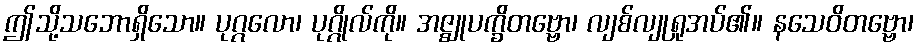
ဤသို့သဘောရှိသော။ ပုဂ္ဂလော၊ ပုဂ္ဂိုလ်ကို။ အဇ္ဈုပက္ခိတဗ္ဗော၊ လျစ်လျုရှုအပ်၏။ နသေဝိတဗ္ဗော၊